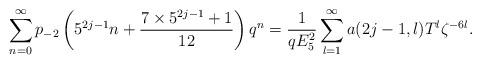
LaTeX: \begin{align*}\sum_{n=0}^{\infty}p_{-2}\left(5^{2j-1}n+\dfrac{7\times5^{2j-1}+1}{12}\right)q^{n}=\dfrac{1}{qE_{5}^{2}}\sum_{l=1}^{\infty}a(2j-1,l)T^{l}\zeta^{-6l}.\end{align*}